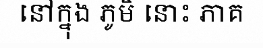
នៅក្នុង ភូមិ នោះ ភាគ